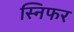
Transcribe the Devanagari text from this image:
स्निफर